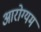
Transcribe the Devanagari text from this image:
आरोग्यम